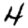
Digit: 4